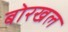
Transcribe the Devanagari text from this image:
बोरखल